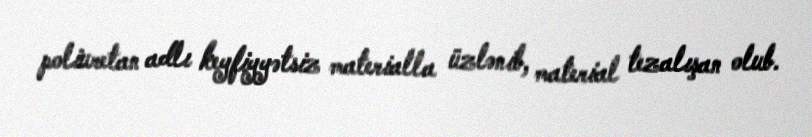
poliuretan adlı keyfiyyətsiz materialla üzlənib, material tezalışan olub.